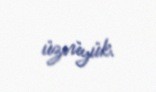
üzvüyük.